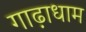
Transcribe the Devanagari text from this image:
गाढ़ाधाम